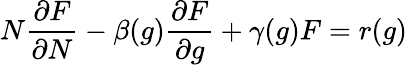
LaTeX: N{\frac{\partial F}{\partial N}}-\beta(g){\frac{\partial F}{\partial g}}+\gamma(g)F=r(g)